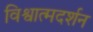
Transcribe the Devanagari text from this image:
विश्वात्मदर्शन